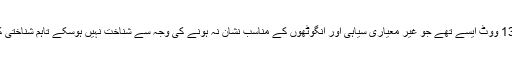
ایک لاکھ 22 ہزار 133 ووٹ ایسے تھے جو غیر معیاری سیاہی اور انگوٹھوں کے مناسب نشان نہ ہونے کی وجہ سے شناخت نہیں ہوسکے تاہم شناختی کارڈ نمبر درست تھے۔